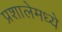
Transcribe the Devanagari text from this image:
प्रशालेमध्ये